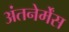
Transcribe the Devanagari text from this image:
अंतनेर्मेंस